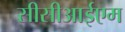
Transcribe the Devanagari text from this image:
सीसीआईएम